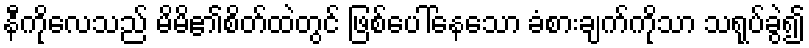
နီကိုလေသည် မိမိ၏စိတ်ထဲတွင် ဖြစ်ပေါ်နေသော ခံစားချက်ကိုသာ သရုပ်ခွဲ၍